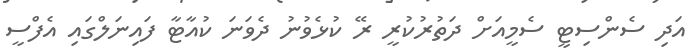
އަދި ސެންސިޓީ ސެމީއަށް ދަތުރުކުރީ ރޭ ކުޅެވުނު ދެވަނަ ކުއާޓާ ފައިނަލްގައި އެފްސީ